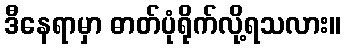
ဒီနေရာမှာ ဓာတ်ပုံရိုက်လို့ရသလား။